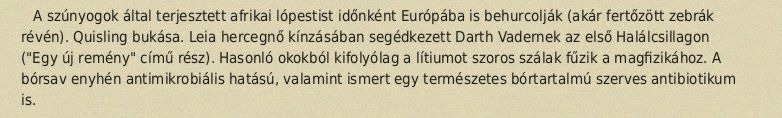
A szúnyogok által terjesztett afrikai lópestist időnként Európába is behurcolják (akár fertőzött zebrák révén). Quisling bukása. Leia hercegnő kínzásában segédkezett Darth Vadernek az első Halálcsillagon ("Egy új remény" című rész). Hasonló okokból kifolyólag a lítiumot szoros szálak fűzik a magfizikához. A bórsav enyhén antimikrobiális hatású, valamint ismert egy természetes bórtartalmú szerves antibiotikum is.